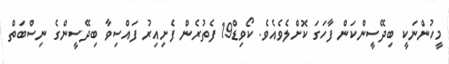
މީހުންނަކީ ބިދޭސީންކަން ފާހަގަ ކޮށްލެވެއެވެ. ކޯވިޑް19 ފެތުރެން ފެށިއިރު ފައްސިވާ ބިދޭސީންގެ ނިސްބަތް